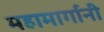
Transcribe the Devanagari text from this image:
महामार्गानी